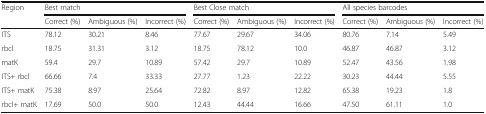
<table><thead><tr><td rowspan="2"><b>Region</b></td><td colspan="3"><b>Best match</b></td><td colspan="3"><b>Best Close match</b></td><td colspan="3"><b>All species barcodes</b></td></tr><tr><td><b>Correct (%)</b></td><td><b>Ambiguous (%)</b></td><td><b>Incorrect (%)</b></td><td><b>Correct (%)</b></td><td><b>Ambiguous (%)</b></td><td><b>Incorrect (%)</b></td><td><b>Correct (%)</b></td><td><b>Ambiguous (%)</b></td><td><b>Incorrect (%)</b></td></tr></thead><tbody><tr><td>ITS</td><td>78.12</td><td>30.21</td><td>8.46</td><td>77.67</td><td>29.67</td><td>34.06</td><td>80.76</td><td>7.14</td><td>5.49</td></tr><tr><td>rbcl</td><td>18.75</td><td>31.31</td><td>3.12</td><td>18.75</td><td>78.12</td><td>10.0</td><td>46.87</td><td>46.87</td><td>3.12</td></tr><tr><td>matK</td><td>59.4</td><td>29.7</td><td>10.89</td><td>57.42</td><td>29.7</td><td>10.89</td><td>52.47</td><td>43.56</td><td>1.98</td></tr><tr><td>ITS+ rbcl</td><td>66.66</td><td>7.4</td><td>33.33</td><td>27.77</td><td>1.23</td><td>22.22</td><td>30.23</td><td>44.44</td><td>5.55</td></tr><tr><td>ITS+ matK</td><td>75.38</td><td>8.97</td><td>25.64</td><td>72.82</td><td>8.97</td><td>12.82</td><td>65.38</td><td>19.23</td><td>1.8</td></tr><tr><td>rbcl+ matK</td><td>17.69</td><td>50.0</td><td>50.0</td><td>12.43</td><td>44.44</td><td>16.66</td><td>47.50</td><td>61.11</td><td>1.0</td></tr></tbody></table>